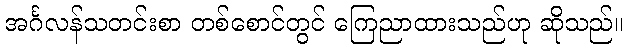
အင်္ဂလန်သတင်းစာ တစ်စောင်တွင် ကြေညာထားသည်ဟု ဆိုသည်။